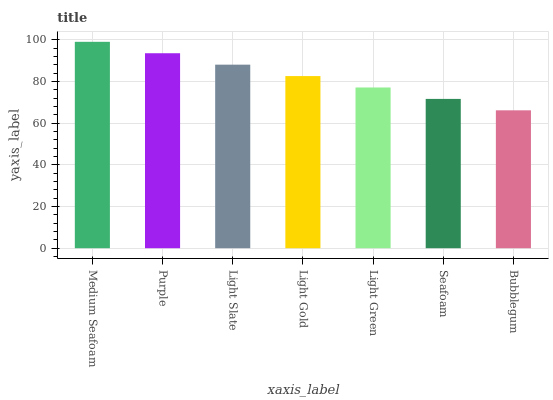
| xaxis_label | bars |
 | --- | --- |
 | Medium Seafoam | 99 |
 | Purple | 93.5 |
 | Light Slate | 88 |
 | Light Gold | 82.6 |
 | Light Green | 77.1 |
 | Seafoam | 71.6 |
 | Bubblegum | 66.1 |